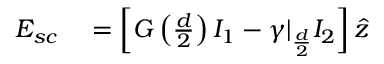
\begin{array} { r l } { \boldsymbol { E _ { s c } } } & { { } = \left[ G \left( \frac { d } { 2 } \right) I _ { 1 } - \gamma | _ { \frac { d } { 2 } } I _ { 2 } \right] \hat { z } } \end{array}